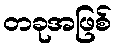
တခုအဖြစ်